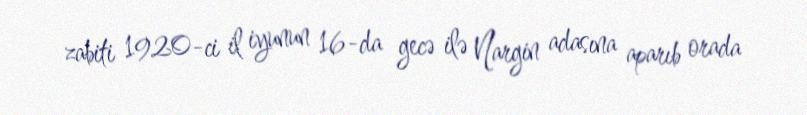
zabiti 1920-ci il iyunun 16-da gecə ilə Nargin adasına aparıb orada